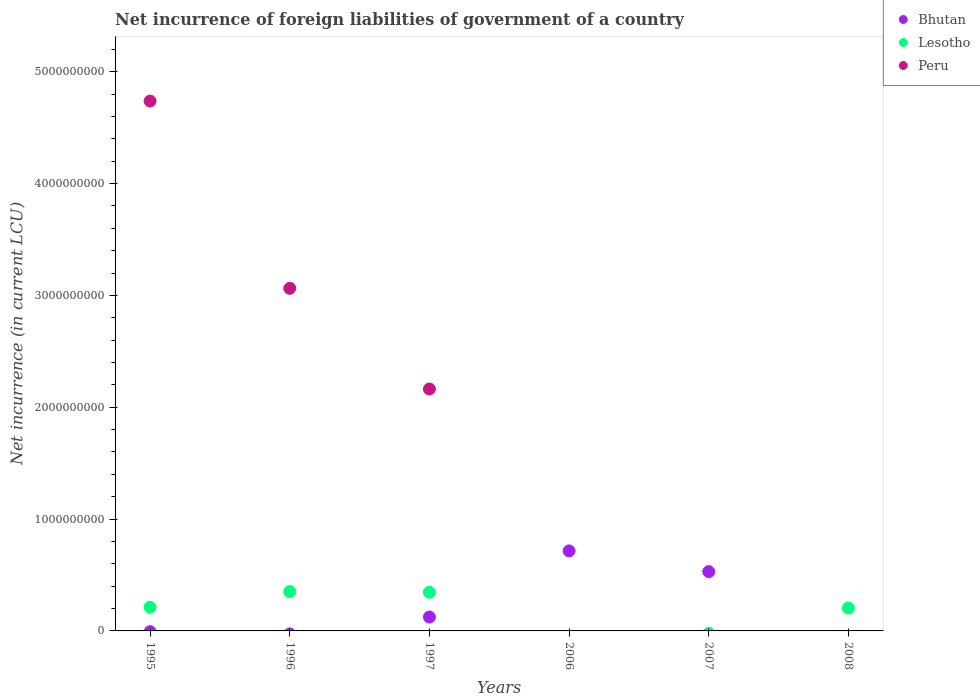
| Years | Bhutan | Lesotho | Peru |
 | --- | --- | --- | --- |
 | 1995 | -6.7e+06 | 2.11e+08 | 4.74e+09 |
 | 1996 | -2.68e+07 | 3.52e+08 | 3.06e+09 |
 | 1997 | 1.24e+08 | 3.46e+08 | 2.16e+09 |
 | 2006 | 7.15e+08 | -6.2e+07 | -1.85e+09 |
 | 2007 | 5.3e+08 | -2.19e+07 | -6.8e+09 |
 | 2008 | -1.14e+09 | 2.05e+08 | -3.91e+09 |